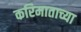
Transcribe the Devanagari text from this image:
करिमाताच्या